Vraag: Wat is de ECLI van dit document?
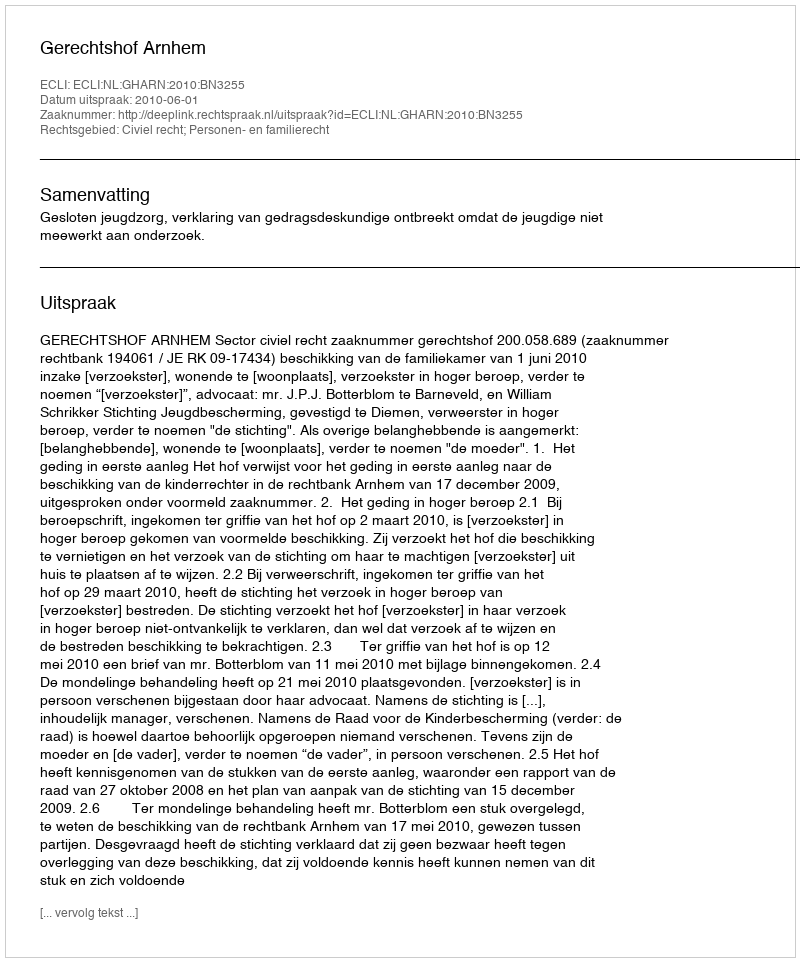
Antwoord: ECLI:NL:GHARN:2010:BN3255